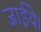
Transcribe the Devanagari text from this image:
जाईये।